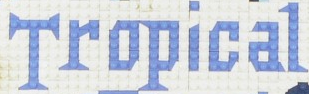
Tropical